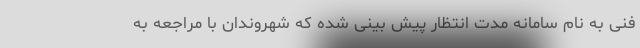
فنی به نام سامانه مدت انتظار پیش بینی شده که شهروندان با مراجعه به